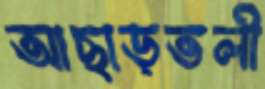
আছাড়তলী